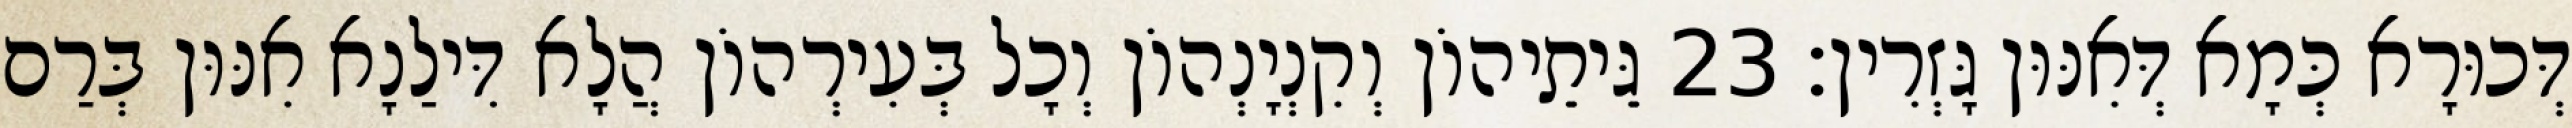
דְּכוּרָא כְּמָא דְּאִנּוּן גָּזְרִין׃ 23 גֵּיתֵיהוֹן וְקִנְיָנְהוֹן וְכָל בְּעִירְהוֹן הֲלָא דִּילַנָא אִנּוּן בְּרַם